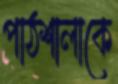
পাঠশালাকে